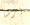
ارضا